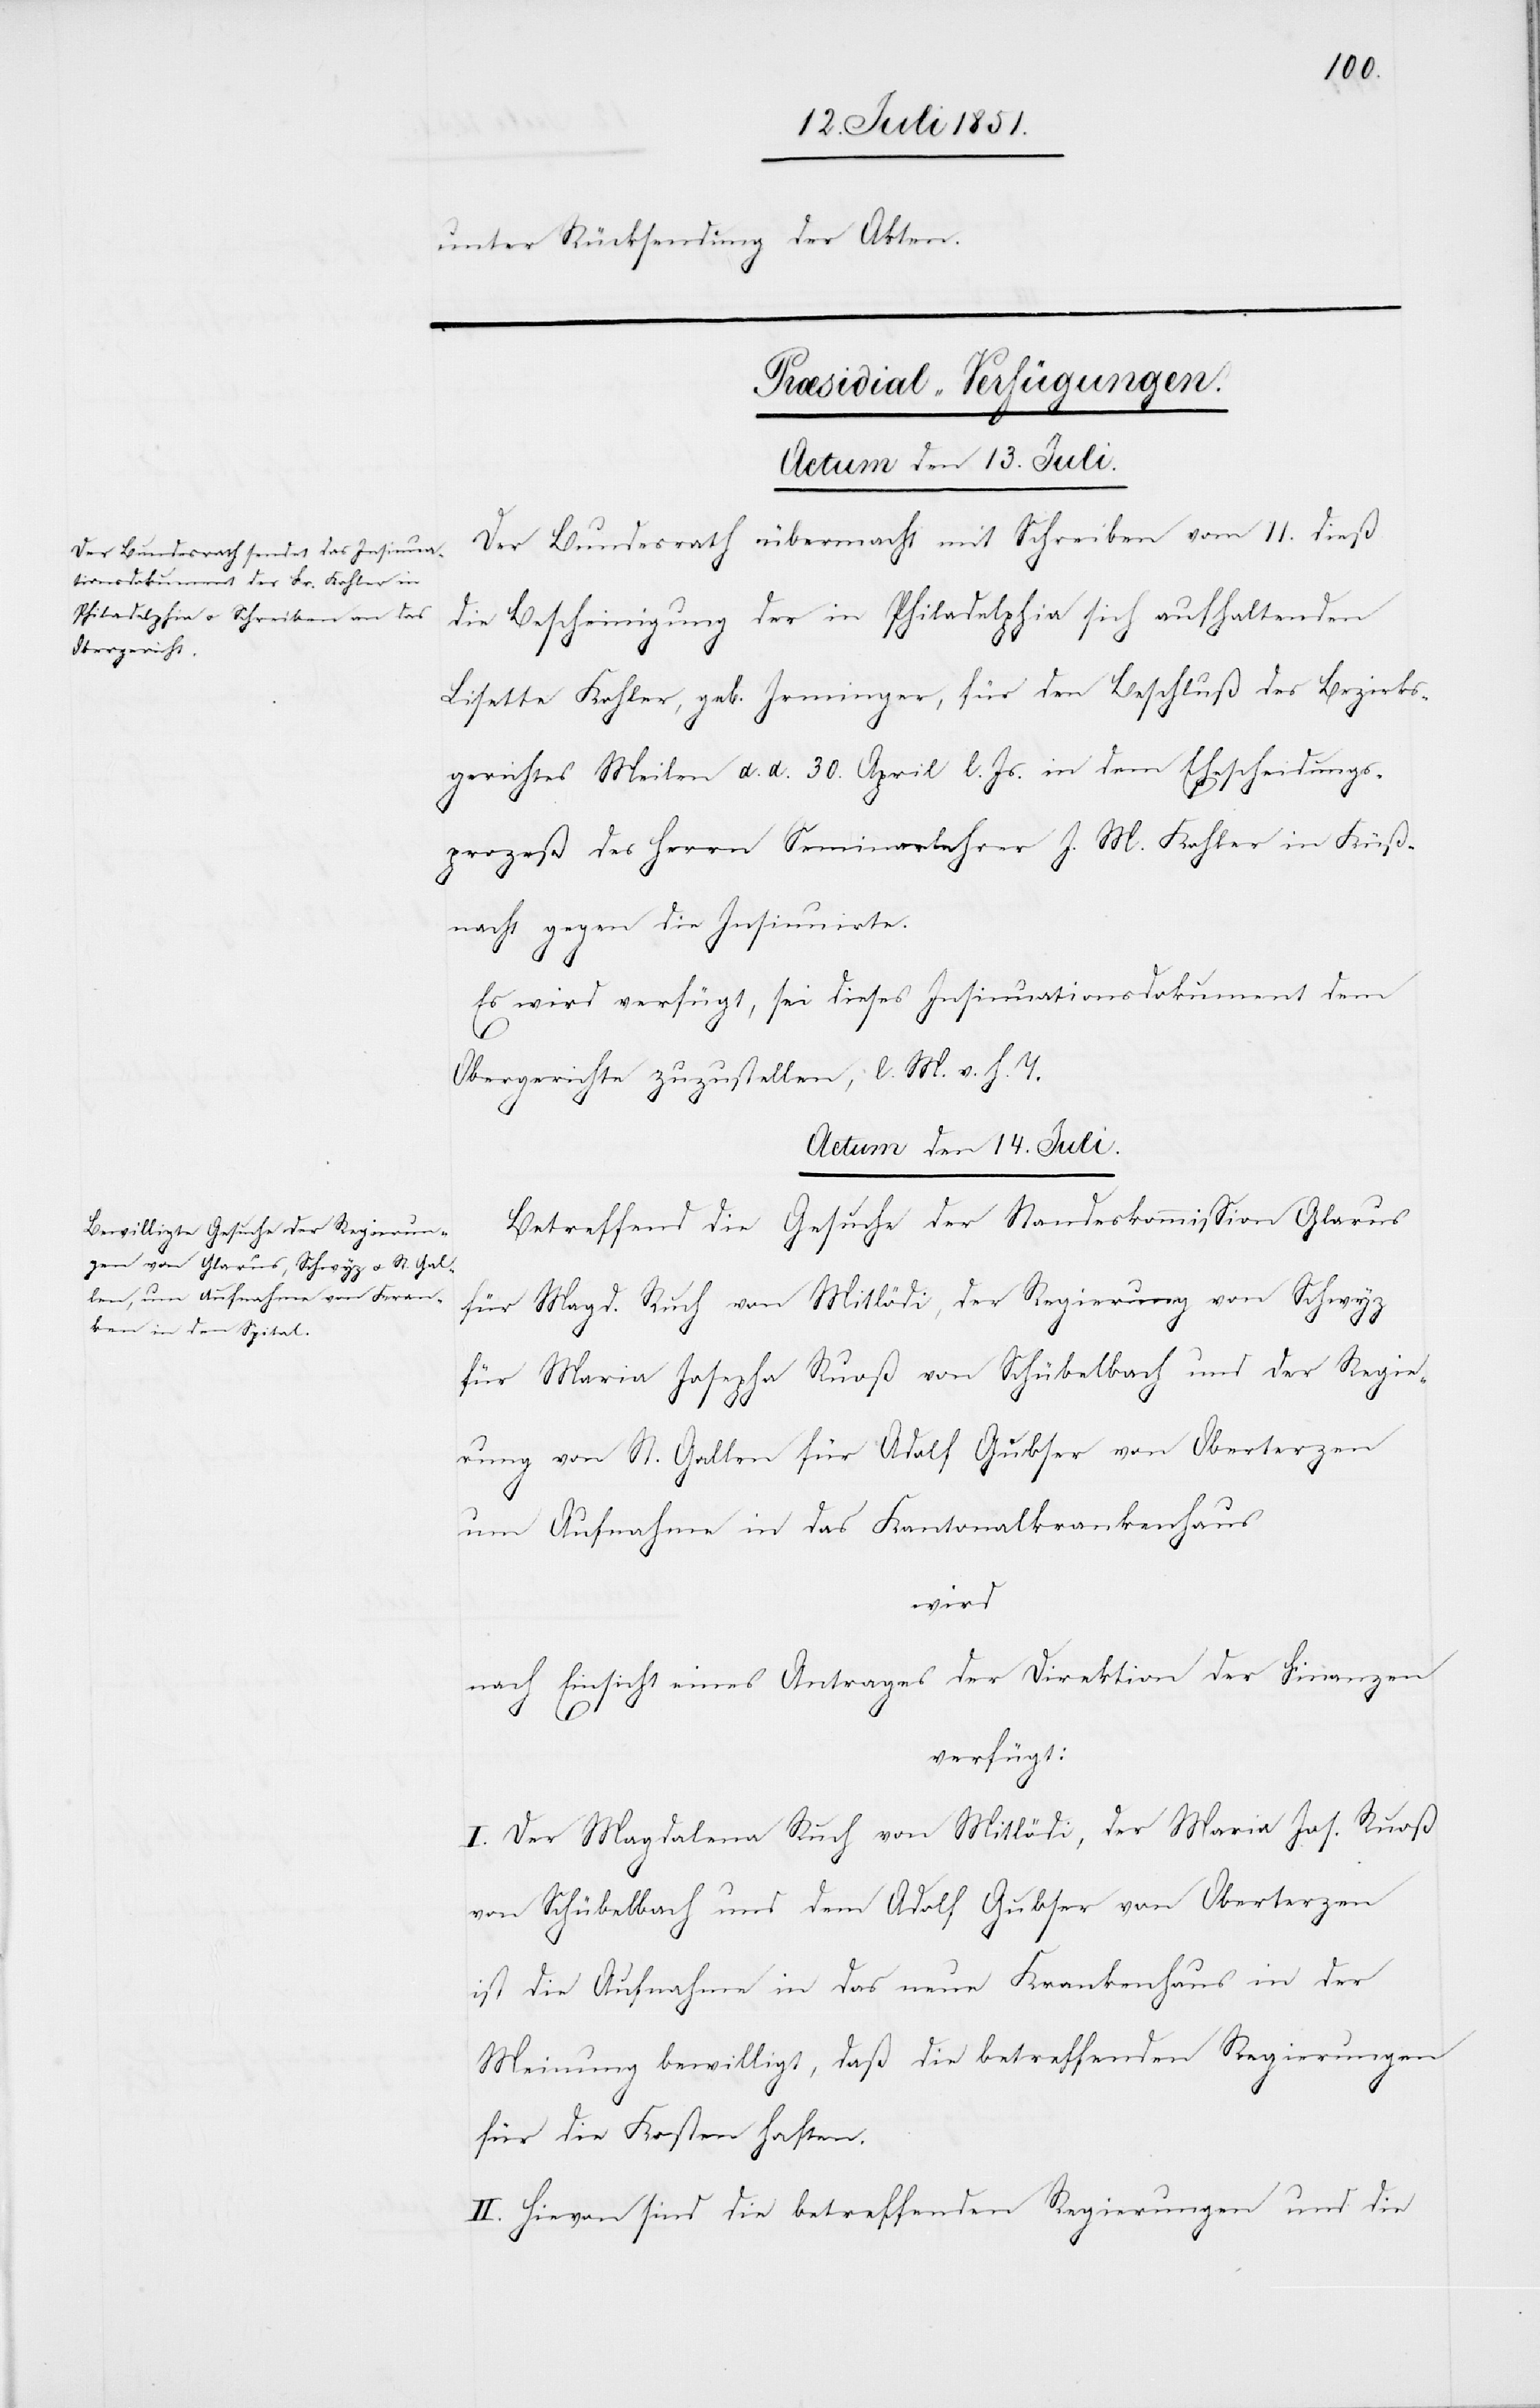
unter Rücksendung der Akten.
wyz
[Præsidial-Verfügungen.]
Actum den 13. Juli.
Der Bundesrath übermacht mit Schreiben vom 11. dieß
die Bescheinigung der in Philadelphia sich aufhaltenden
Lisette Kohler, geb. Irminger, für den Beschluß des Bezirks¬
gerichtes Meilen d. d. 30. April l. Js. in dem Ehescheidungs¬
prozeß des Herrn Seminarlehrer J. M. Kohler in Küß¬
nacht gegen die Insinuirte.
Es wird verfügt, sei dieses Insinuationsdokument dem
Obergerichte zuzustellen, l. M. v. h. T.
Actum den 14. Juli.
Betreffend die Gesuche der Standeskommission Glarus
für Magd. Ruch von Mitlödi, der Regierung von Sch¬
für Maria Josepha Ruoß von Schübelbach und der Regie¬
rung von St. Gallen für Adolf Gubser von Oberterzen
um Aufnahme in das Kantonalkrankenhaus
wird
nach Einsicht eines Antrages der Direktion der Finanzen
verfügt:
I. Der Magdalena Ruch von Mitlödi, der Maria Jos. Ruoß
von Schübelbach und dem Adolf Gubser von Oberterzen
ist die Aufnahme in das neue Krankenhaus in der
Meinung bewilligt, daß die betreffenden Regierungen
für die Kosten haften.
II. Hievon sind die betreffenden Regierungen und die